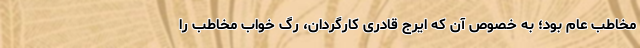
مخاطب عام بود؛ به خصوص آن که ایرج قادری کارگردان، رگ خواب مخاطب را